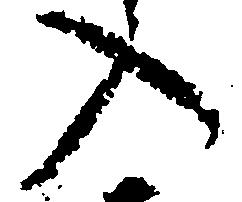
入